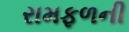
રામફળની